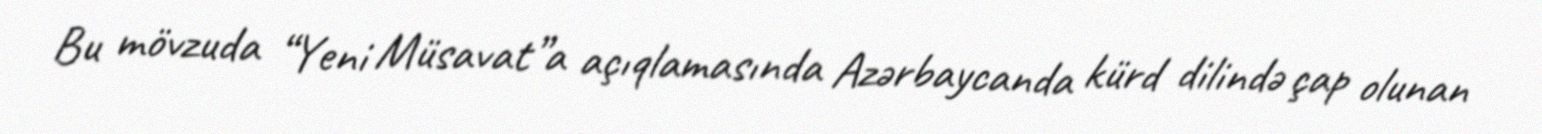
Bu mövzuda “Yeni Müsavat”a açıqlamasında Azərbaycanda kürd dilində çap olunan